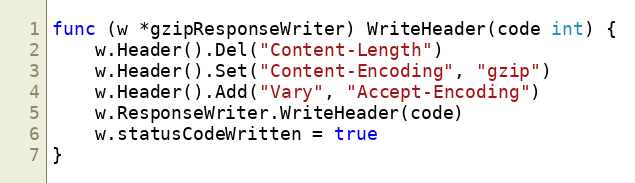
Language: Go
func (w *gzipResponseWriter) WriteHeader(code int) {
	w.Header().Del("Content-Length")
	w.Header().Set("Content-Encoding", "gzip")
	w.Header().Add("Vary", "Accept-Encoding")
	w.ResponseWriter.WriteHeader(code)
	w.statusCodeWritten = true
}